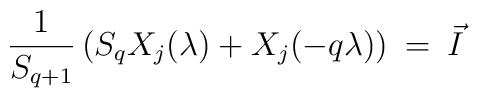
\frac{1}{S_{q+1}}\left(S_q X_j(\lambda)+X_j(-q\lambda)\right)\:=\: \vec{I}\